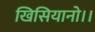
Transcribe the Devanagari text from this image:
खिसियानो।।